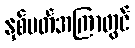
နှစ်ပတ်အကြာတွင်